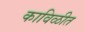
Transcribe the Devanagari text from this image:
काविळीत